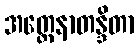
အတ္ထေနာတန္ဒိတာ